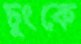
চুংকে